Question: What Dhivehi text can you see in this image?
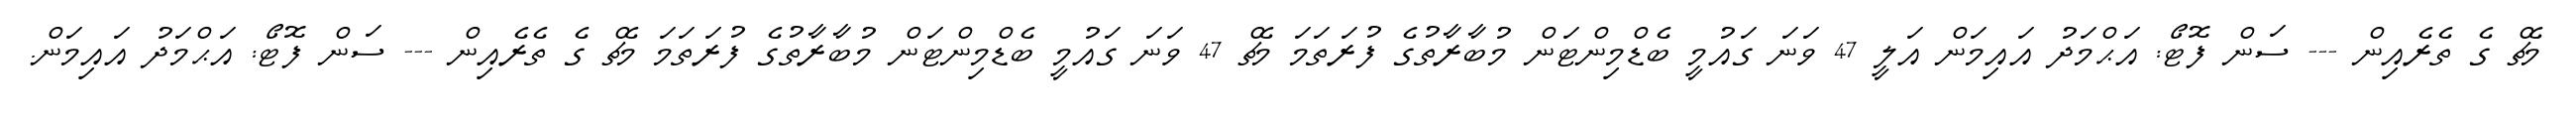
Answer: މެޗް ގެ ތެރެއިން --- ސަން ފޮޓޯ: އަޙްމަދު އައިމަން އަލީ 47 ވަނަ ގައުމީ ބެޑްމިންޓަން މުބާރާތުގެ ފުރަތަމަ މެޗް 47 ވަނަ ގައުމީ ބެޑްމިންޓަން މުބާރާތުގެ ފުރަތަމަ މެޗް ގެ ތެރެއިން --- ސަން ފޮޓޯ: އަޙްމަދު އައިމަން.